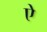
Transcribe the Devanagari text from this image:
एे